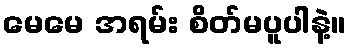
မေမေ အရမ်း စိတ်မပူပါနဲ့။